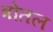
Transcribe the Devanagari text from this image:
त्रोतल